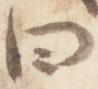
曰